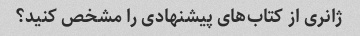
ژانری از کتاب‌های پیشنهادی را مشخص کنید؟